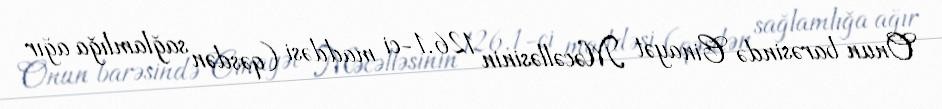
Onun barəsində Cinayət Məcəlləsinin 126.1-ci maddəsi (qəsdən sağlamlığa ağır